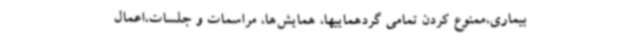
بیماری،ممنوع کردن تمامی گردهماییها، همایش‌ها، مراسمات و جلسات،اعمال